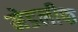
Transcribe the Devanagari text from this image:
मेडलीफ